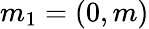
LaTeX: m_{1}=(0,m)